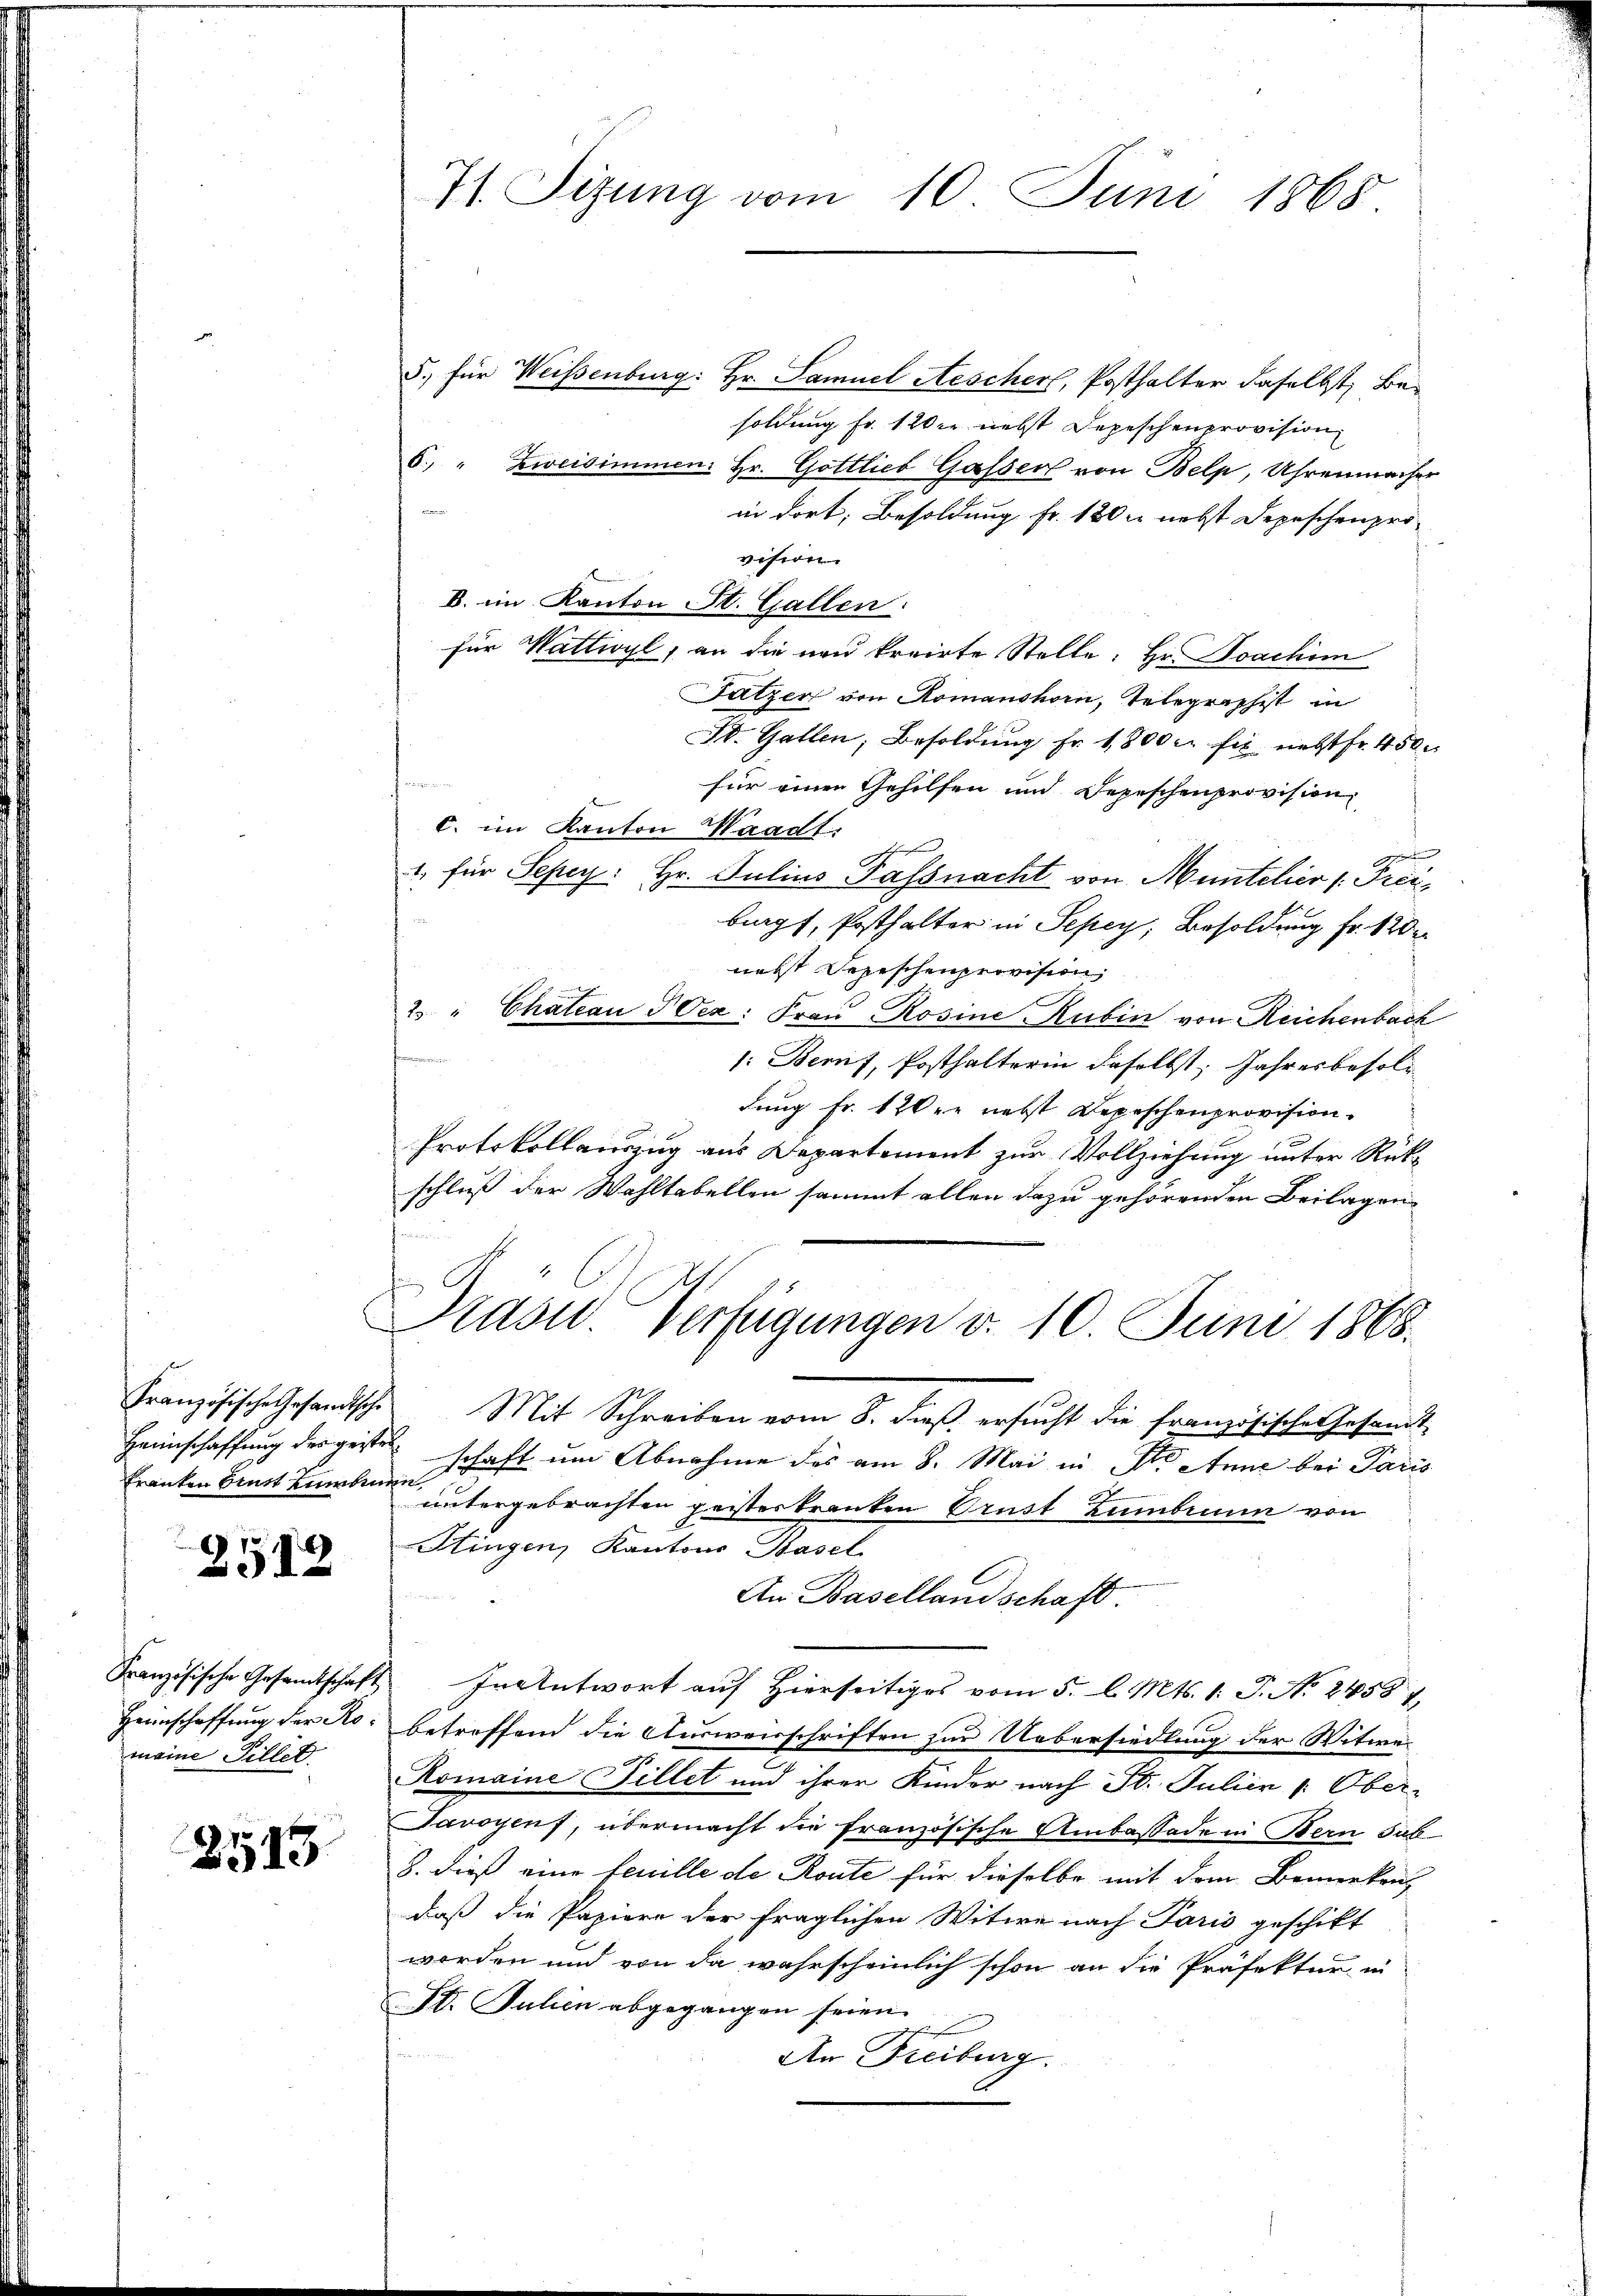
Französische Gesandtsche
Heimschaffung des geste
Franken brust kumben

2512

Französische Gesandtschaft
Heinschaffung der Romaine Piller

2515

71. Sitzung vom 10. Juni 1865

5. für Weisenburg: Hr. Samuel Aescher, Posthalter daselbst, Besoldung fr. 120 nebst Depeschenprovision
6. " Zweisimmen: Hr. Gottlieb Gasserl von Belp, Uhrenmacher
in dort, Besoldung fr. 180 u. nebst Depeschenprovision
B. im Kanton St. Gallen:
für Wattwyl, an die neu kreirte Stelle: Hr. Joachim
Futzer von Romanshorn, Telegraphist in
St. Gallen, Besoldŭng fr. 1800 c. fr. nebst fr. 450
e
für einen Gehilfen und Depeschenprovision
b
c. im Kanton Waadt:
1, für Sepey: Hr. Julius Passnacht von Müntelier /: Freibigt, Posthalter in Sepey, Besoldung Fr. 120
nebst Depeschenprovision,
2. " Chateau IVez: Frau Rosine Rubin von Reichenbach
t
1: Beruf, Posthalterin daselbst. Jahresbesoldung Fr. 120 r. nebst Depeschenprovision.
Protokollauszug aus Departement zur Vollziehung unter Rückschluß der Wohltabellen sammt allen dazu gehörenden Beilagen
Präsid. Verfügungen d. 10. Juni 1868.
Mit Schreiben vom 8. dieß ersucht die französische Gesamt
schaft um Abnahme des am 8. Mai in der Anne bei Paris
der
untergebrachten geisterkranken Prust Lambrunn von
Stingen, Kantons Basel
An Baselland schaft
InAntwort auf Hierseitiges vom 5. l. Mts. 1. J. No. 24587.
betreffend die Ausweisschriften zur Uebersiedlung der Witwe
2
Romaine Fillet und ihrer Kinder nach St. Julier /: Ober¬
Savoyenf, übermacht die französische Ambassade in Bern sub-
8. dieß eine feuille de Route für dieselbe mit dem Bemerkens
daß die Papiere der fraglichen Witwe nach Paris geschikt
worden und von da wahrscheinlich schon an die Präfektur in
I. Julien abgegangen seien.
An Freiburg.